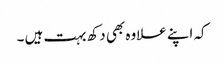
کہ اپنے علاوہ بھی دکھ بہت ہیں ۔